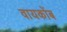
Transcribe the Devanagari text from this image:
वायकोंब